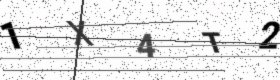
Text: 1X4T2